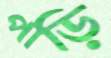
পাড়ি